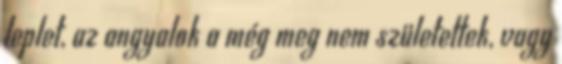
leplet, az angyalok a még meg nem születettek, vagy